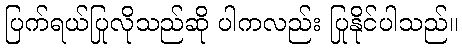
ပြက်ရယ်ပြုလိုသည်ဆို ပါကလည်း ပြုနိုင်ပါသည်။